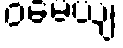
ဝမေယျ